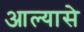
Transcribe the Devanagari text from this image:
आल्यासे